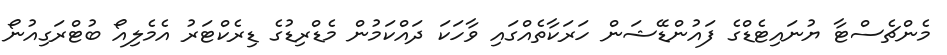
މެންޗެސްޓާ ޔުނައިޓެޑްގެ ފައުންޑޭޝަން ހަރަކާތެއްގައި ވާހަކަ ދައްކަމުން މެޑްރިޑުގެ ޑިރެކްޓަރު އެމެލިއޯ ބުޓްރަގިއުނޯ